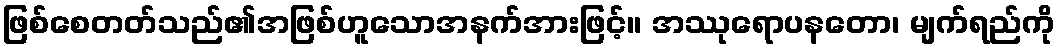
ဖြစ်စေတတ်သည်၏အဖြစ်ဟူသောအနက်အားဖြင့်။ အဿုရောပနတော၊ မျက်ရည်ကို